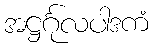
အဋ္ဌင်္ဂုလပါဒကံ